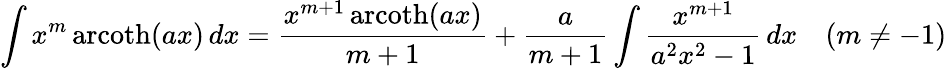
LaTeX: \int x^{m}\operatorname{arcoth}(ax)\, dx={\frac{x^{m+1}\operatorname{arcoth}(ax)}{m+1}}+{\frac{a}{m+1}}\int{\frac{x^{m+1}}{a^{2}x^{2}-1}}\, dx\quad(m\neq-1)